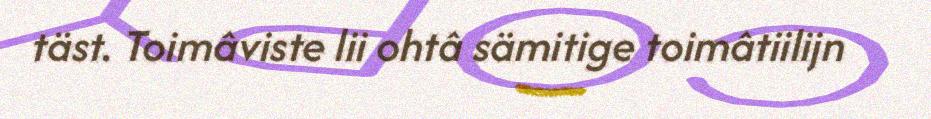
täst. Toimâviste lii ohtâ sämitige toimâtiilijn